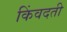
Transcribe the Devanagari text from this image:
किंवदती